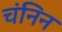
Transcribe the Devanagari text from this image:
चंनिन